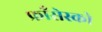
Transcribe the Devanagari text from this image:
फ्राँसेस्को